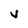
Character: V